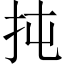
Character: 扽